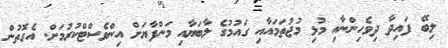
ލިބޭ ފައިދާ ދިވެހިންނާއި މުޅި މުޖުތަމައާއި ގައުމުގެ ލާބަޔާއި މަންފާޔަށް އިންވެސްޓްކުރުމަށް. އެގޮތުން